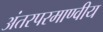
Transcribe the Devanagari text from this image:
अंतरपरमाण्वीय